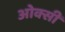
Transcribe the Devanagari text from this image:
ओक्सी